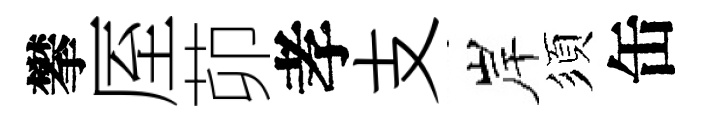
攀厔茆孝支岸須缶